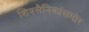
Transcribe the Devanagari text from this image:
शिवसैनिकांसमोर